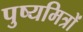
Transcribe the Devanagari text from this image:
पुष्यमित्रों